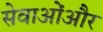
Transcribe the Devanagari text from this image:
सेवाओंऔर